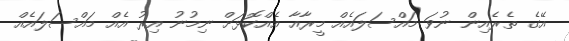
އޭގެ ތެރެއިން ނުވަ މައްސަލައެއް މީރާއާ އެއްކޮޅަށް ނިމުނު އިރު އެއް މައްސަލައެއް